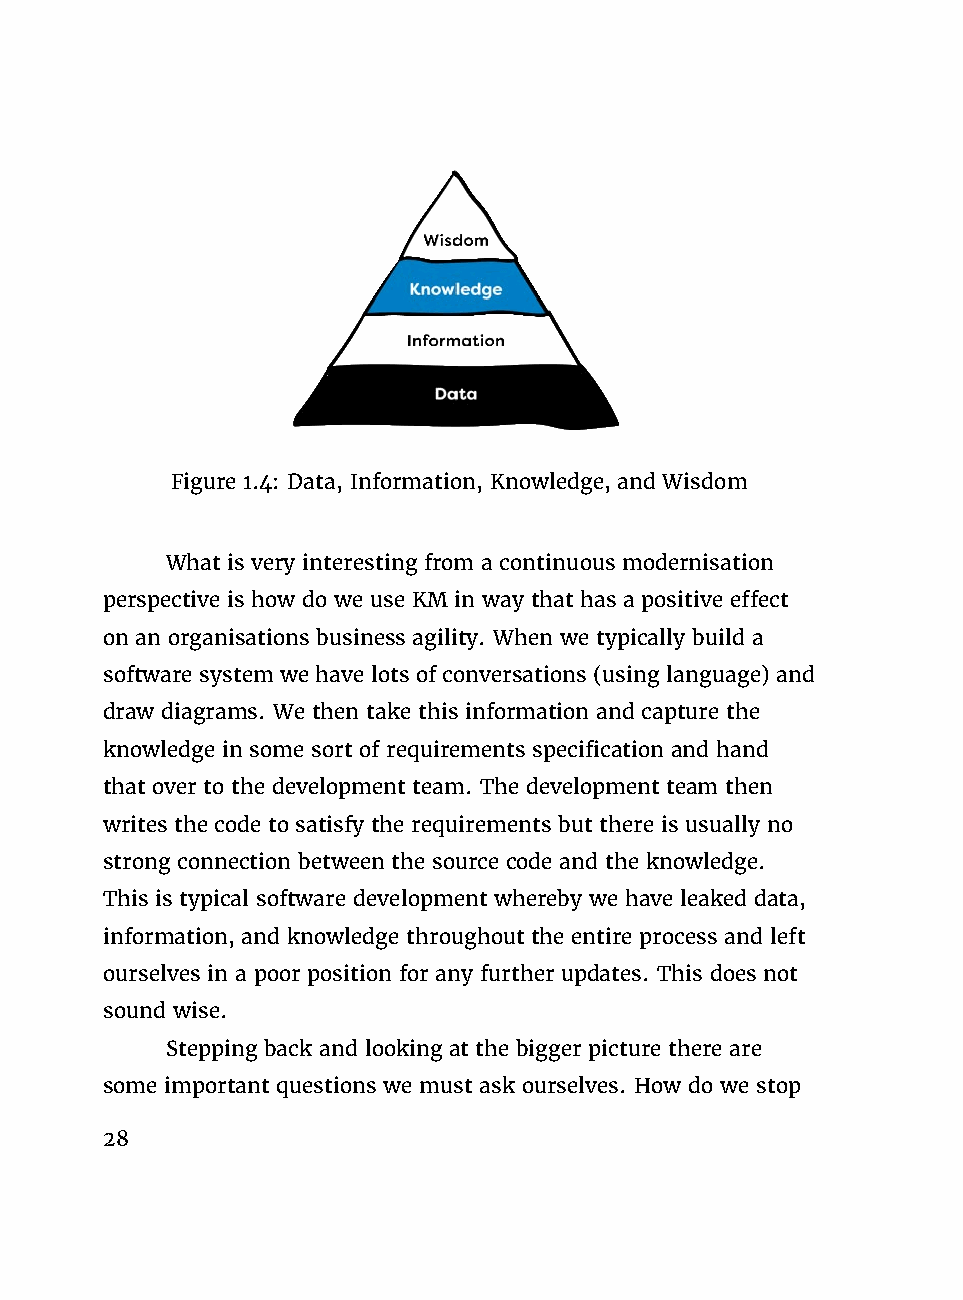
Figure 1.4: Data, Information, Knowledge, and Wisdom
 What is very interesting from a continuous modernisation
 perspective is how do we use KM in way that has a positive effect
 on an organisations business agility. When we typically build a
 software system we have lots of conversations (using language) and
 draw diagrams. We then take this information and capture the
 knowledge in some sort of requirements specification and hand
 that over to the development team. The development team then
 writes the code to satisfy the requirements but there is usually no
 strong connection between the source code and the knowledge.
 This is typical software development whereby we have leaked data,
 information, and knowledge throughout the entire process and left
 ourselves in a poor position for any further updates. This does not
 sound wise.
 Stepping back and looking at the bigger picture there are
 some important questions we must ask ourselves. How do we stop
 28